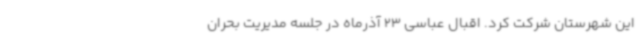
این شهرستان شرکت کرد. اقبال عباسی 23 آذرماه در جلسه مدیریت بحران